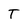
Character: T